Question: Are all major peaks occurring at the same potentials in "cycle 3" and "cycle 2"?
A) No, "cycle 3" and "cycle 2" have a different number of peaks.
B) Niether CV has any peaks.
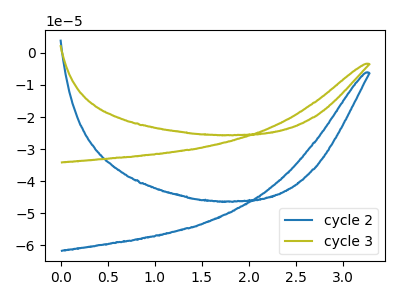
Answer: <think>The blue curve "cycle 2" has no peaks. The olive curve "cycle 3" has no peaks.</think>
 <answer>B) Niether CV has any peaks.</answer>
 <eval>B</eval>